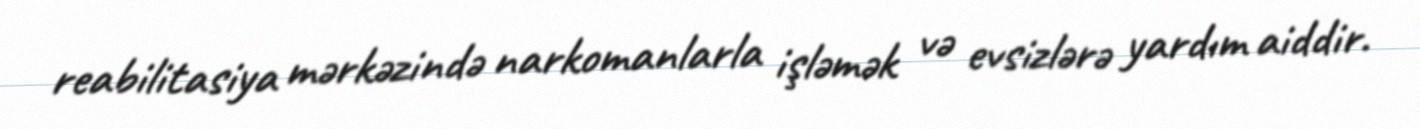
reabilitasiya mərkəzində narkomanlarla işləmək və evsizlərə yardım aiddir.